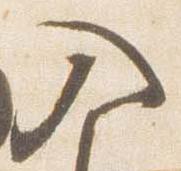
入